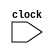
module UrCPU (
    input clock,
);
  
endmodule